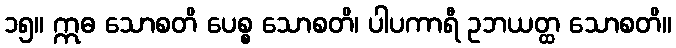
၁၅။ ဣဓ သောစတိ ပေစ္စ သောစတိ၊ ပါပကာရီ ဥဘယတ္ထ သောစတိ။